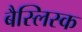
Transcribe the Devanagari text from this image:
बैस्लिस्क